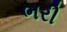
ભરી